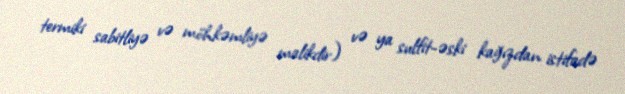
termiki sabitliyə və möhkəmliyə malikdir) və ya sulfit-əski kağızdan istifadə